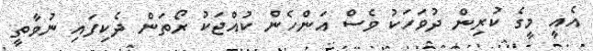
އެއީ މީގެ ކުރިން ދުވަހަކު ވެސް އަންހެން ކުއްޖަކު ރޯތަން ދެކިފައި ނުވާތީ